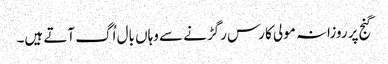
گنج پر روزانہ مولی کا رس رگڑنے سے وہاں بال اُگ آتے ہیں۔